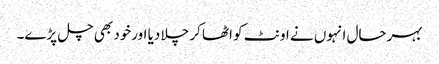
بہرحال انہوں نے اونٹ کو اٹھا کر چلا دیا اورخود بھی چل پڑے۔